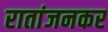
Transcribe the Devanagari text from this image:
रातांजनकर